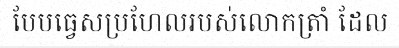
បែបធ្វេសប្រហែលរបស់លោកត្រាំ ដែល